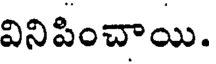
వినిపించాయి.